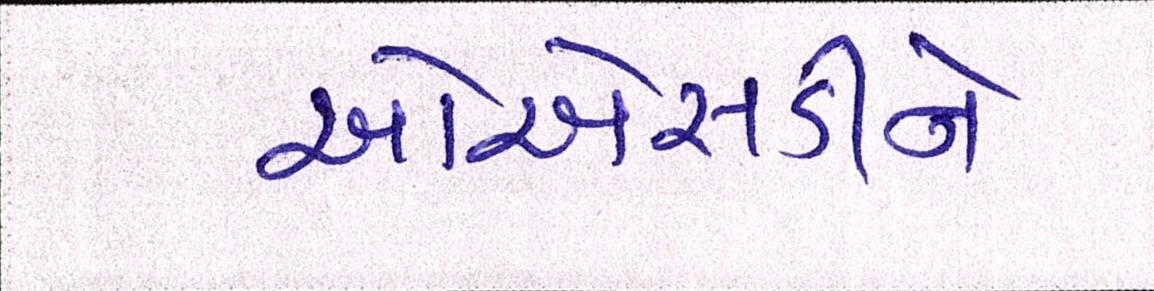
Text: ઓએસડીને